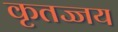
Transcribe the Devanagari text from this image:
कृतज्जय